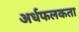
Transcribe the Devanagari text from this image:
अर्धफलकता